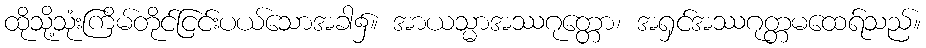
ထိုသို့သုံးကြိမ်တိုင်ငြင်းပယ်သောအခါ၌။ အာယသ္မာအဿဂုတ္တော၊ အရှင်အဿဂုတ္တမထေရ်သည်။